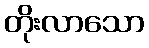
တိုးလာသော